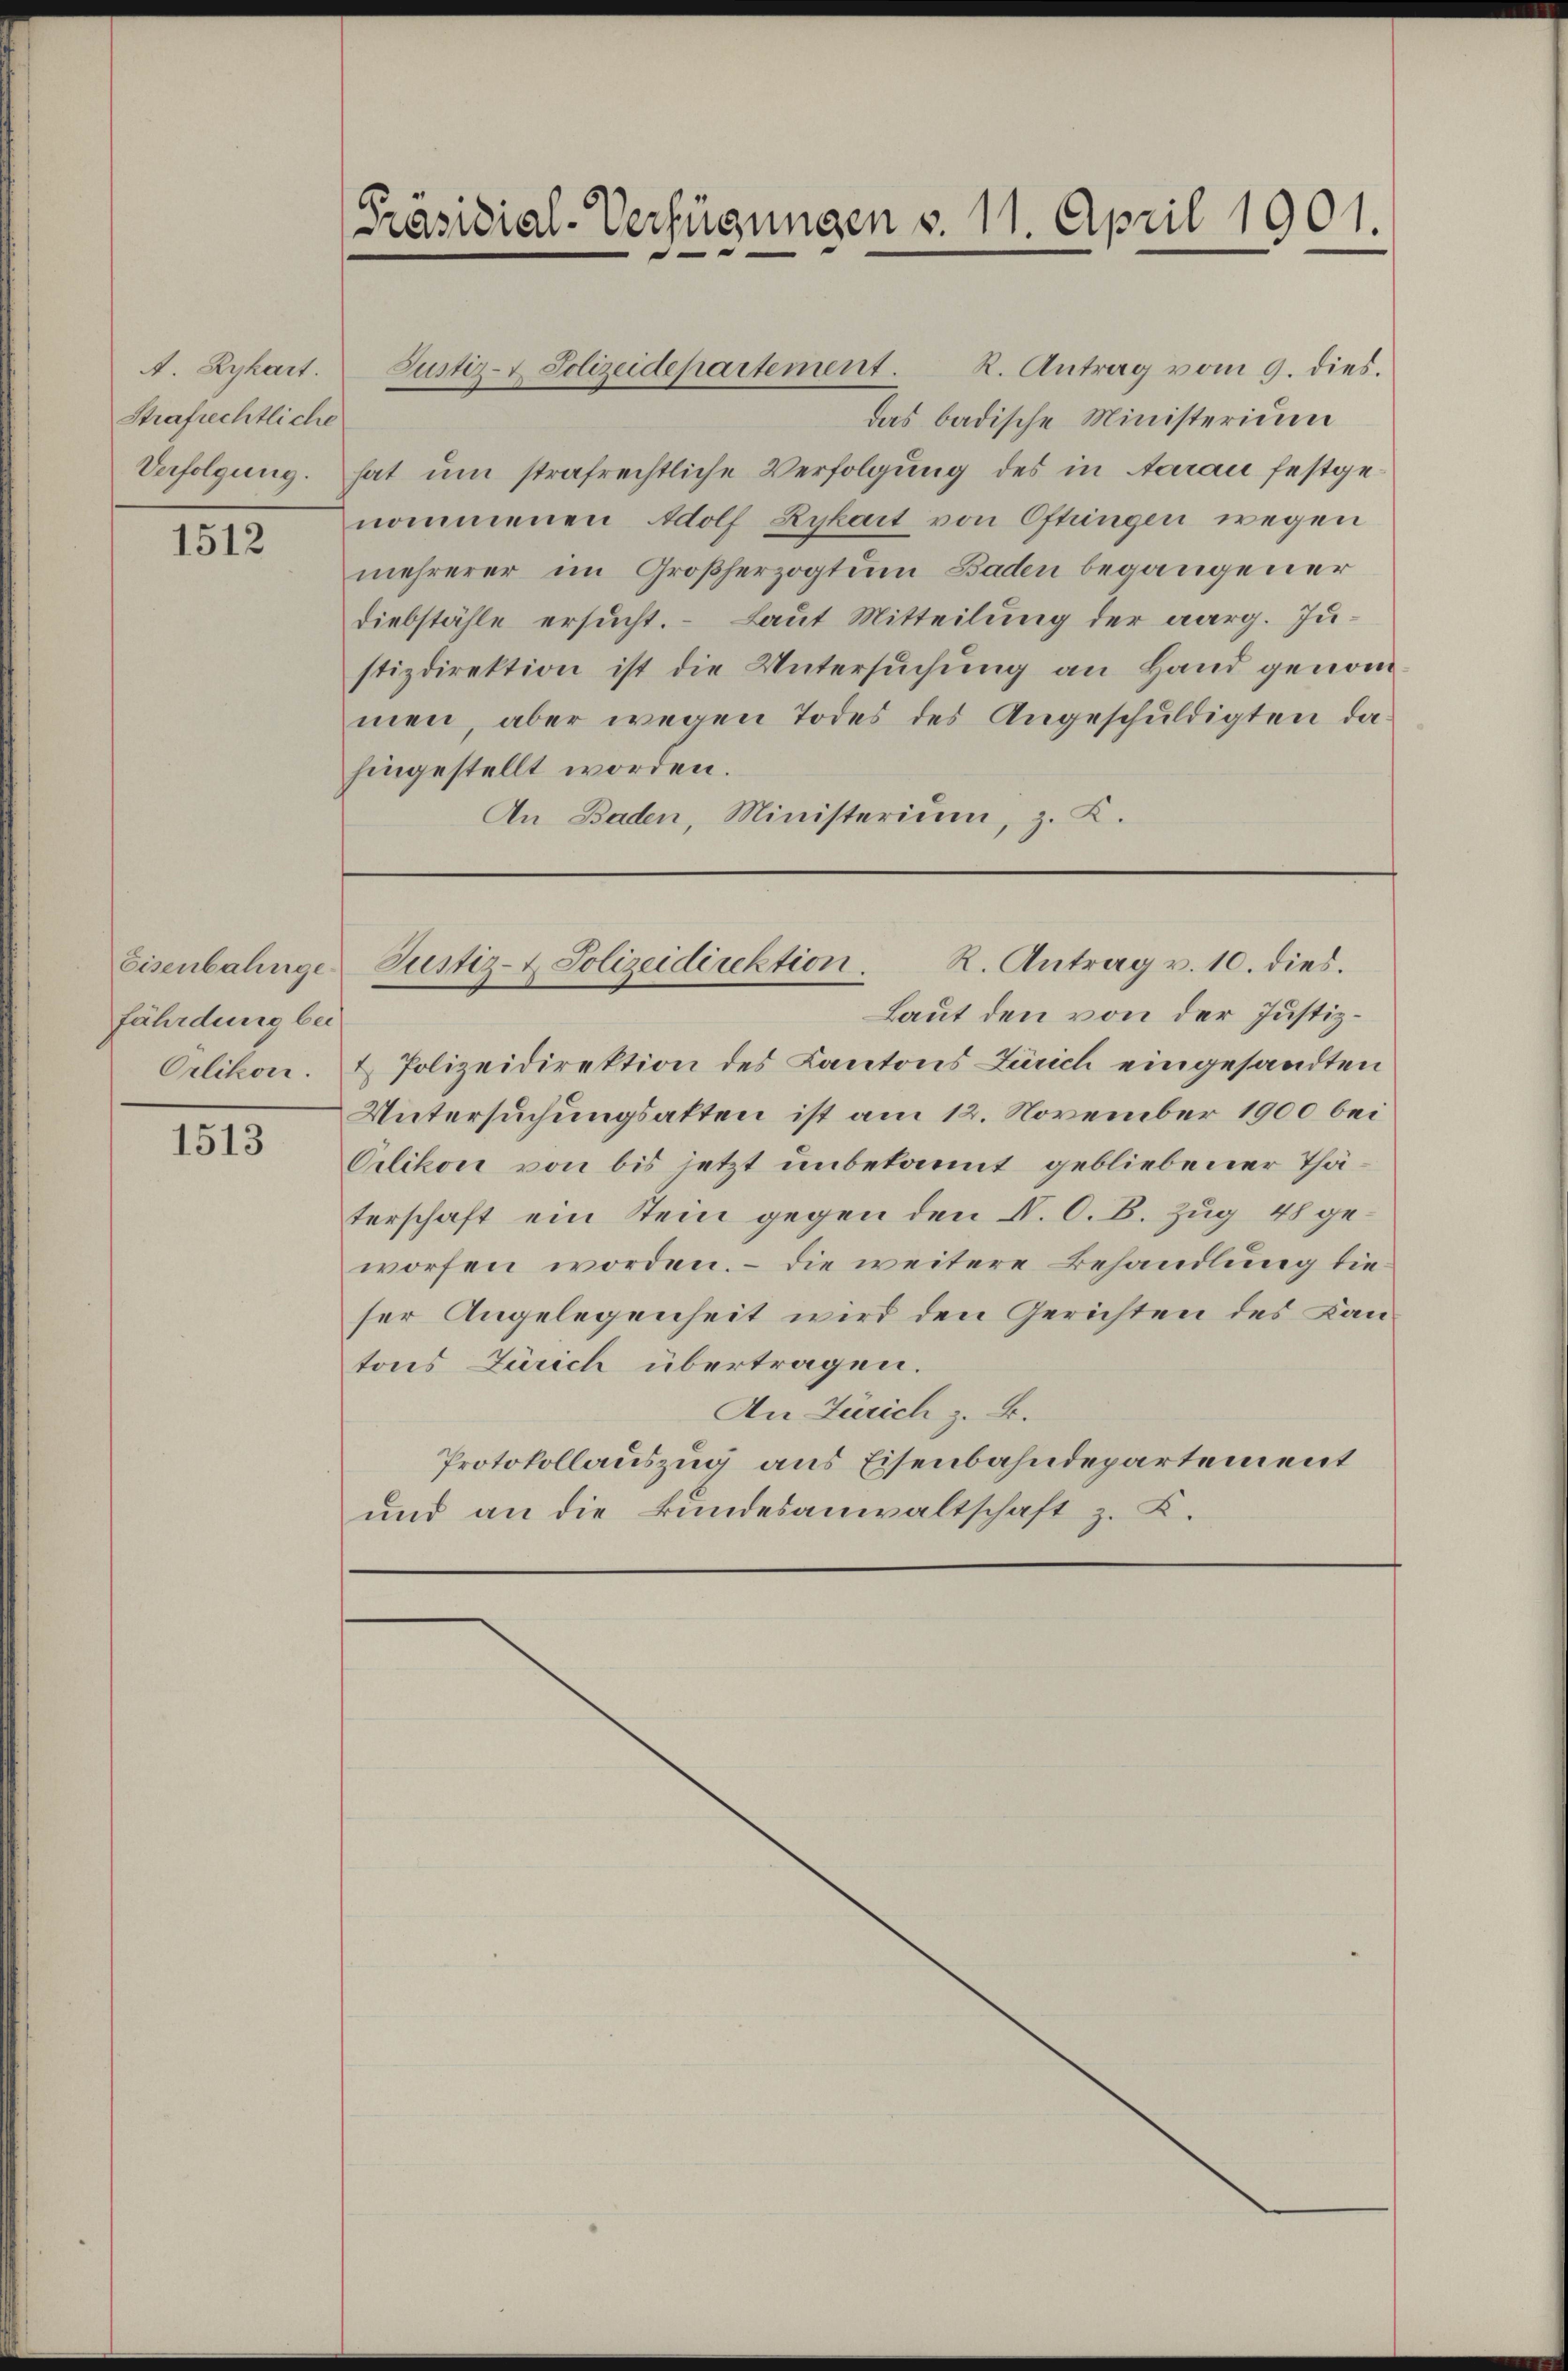
A. Zykart.
Strafrechtliche
Verfolgung.

1512

Eisenbalinge
fährdung bei
Orlikon.

1513

[Präsidial-Verfügungen v. 11. April 1901.

Justiz- & Polizeidepartement.

R. Antrag v. 10. dies.
Justiz- & Polizeidirektion.

R. Antrag vom 9. dies.
das badische Ministerium
hat um strafrechtliche Verfolgung des in Aarau festgenommenen Adolf Rykart von Oftungen wegen
mehrerer im Großherzogtum Baden begangener
Diebstähle ersucht. Laut Mitteilung der aarg. Justizdirektion ist die Untersŭchŭng an Hand genommen, aber wegen Todes des Angeschuldigten dahingestellt worden.
An Baden, Ministerium, z. K.

Laut den von der Justiz¬
& Polizeidirektion des Kantons Zürich eingesandten
Untersuchungsakten ist am 12. November 1900 bei
Orlikon von bis jetzt unbekannt gebliebener Thäterschaft ein Stein gegen den N. O. B. Zug 48 geworfen worden. – Die weitere Behandlung die
ser Angelegenheit wird den Gerichten des Kantons Zürich übertragen.
An Zürich z. B.
Protokollauszug aus Eisenbahndepartement
und an die Bundesanwaltschaft z. K.